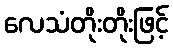
လေသံတိုးတိုးဖြင့်